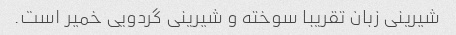
شیرینی زبان تقریبا سوخته و شیرینی گردویی خمیر است.